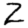
Digit: 2